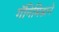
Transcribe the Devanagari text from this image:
गॅनिमिडाने